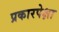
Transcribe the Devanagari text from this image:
प्रकारपेक्षा